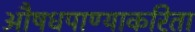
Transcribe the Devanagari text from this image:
औषधपाण्याकरिता